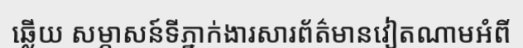
ឆ្លើយ សម្ភាសន៍ទីភ្នាក់ងារសារព័ត៌មានវៀតណាមអំពី